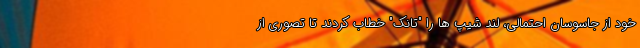
خود از جاسوسان احتمالی، لند شیپ ها را "تانک" خطاب کردند تا تصوری از